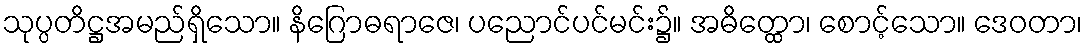
သုပ္ပတိဋ္ဌအမည်ရှိသော။ နိဂြောဓရာဇေ၊ ပညောင်ပင်မင်း၌။ အဓိတ္ထော၊ စောင့်သော။ ဒေဝတာ၊